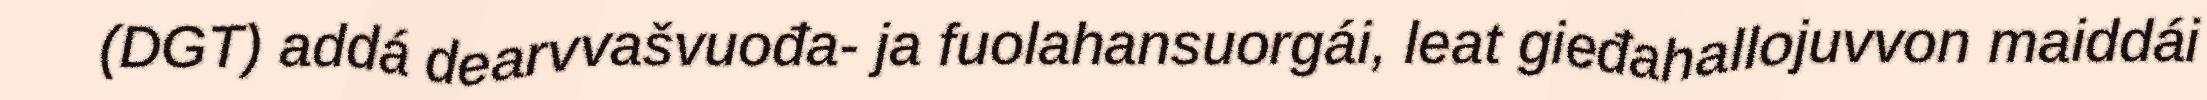
(DGT) addá dearvvašvuođa- ja fuolahansuorgái, leat gieđahallojuvvon maiddái